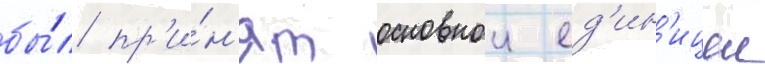
бы́л пр'и́н'ят основнои ед'ин'ицеи